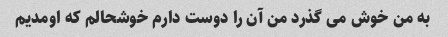
به من خوش می گذرد من آن را دوست دارم خوشحالم که اومدیم